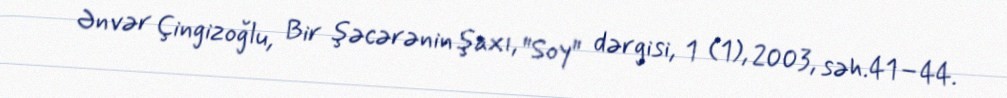
Ənvər Çingizoğlu, Bir şəcərənin şaxı, "Soy" dərgisi, 1 (1), 2003, səh.41–44.